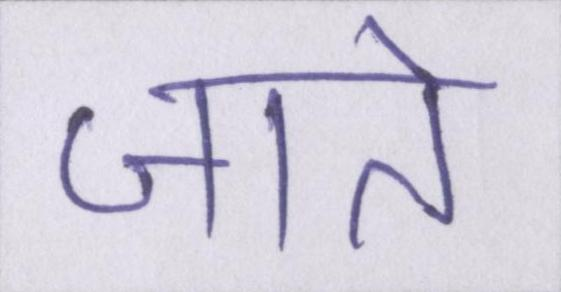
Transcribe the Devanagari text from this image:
जाते